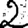
Digit: 2